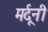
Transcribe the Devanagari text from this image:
मर्दूनी